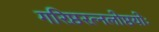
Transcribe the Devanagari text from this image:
गरिष्ठरत्नलोष्ठयोः